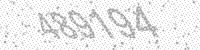
Solution: 489194